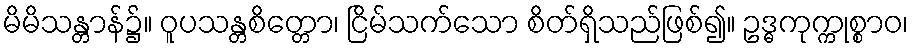
မိမိသန္တာန်၌။ ဝူပသန္တစိတ္တော၊ ငြိမ်သက်သော စိတ်ရှိသည်ဖြစ်၍။ ဥဒ္ဓကုက္ကုစ္စာဝ၊